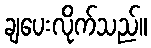
ချပေးလိုက်သည်။